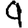
Digit: 9